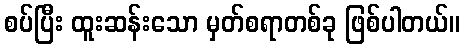
စပ်ပြီး ထူးဆန်းသော မှတ်စရာတစ်ခု ဖြစ်ပါတယ်။